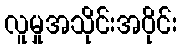
လူမှုအသိုင်းအဝိုင်း